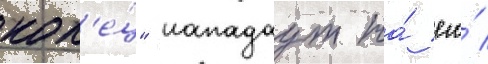
кол'е́ц" нападаут на́ его́